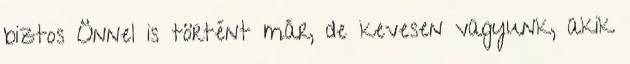
biztos Önnel is történt már, de kevesen vagyunk, akik